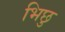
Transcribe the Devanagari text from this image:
भिछु